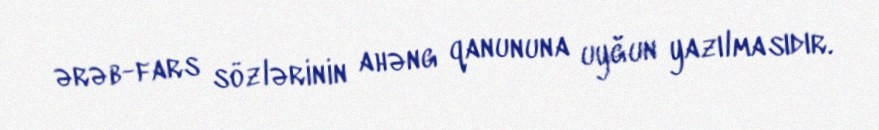
ərəb-fars sözlərinin ahəng qanununa uyğun yazılmasıdır.